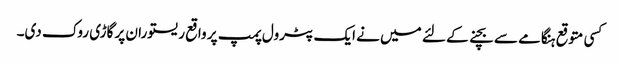
کسی متوقع ہنگامے سے بچنے کے لئے میں نے ایک پٹرول پمپ پر واقع ریستوران پر گاڑی روک دی۔